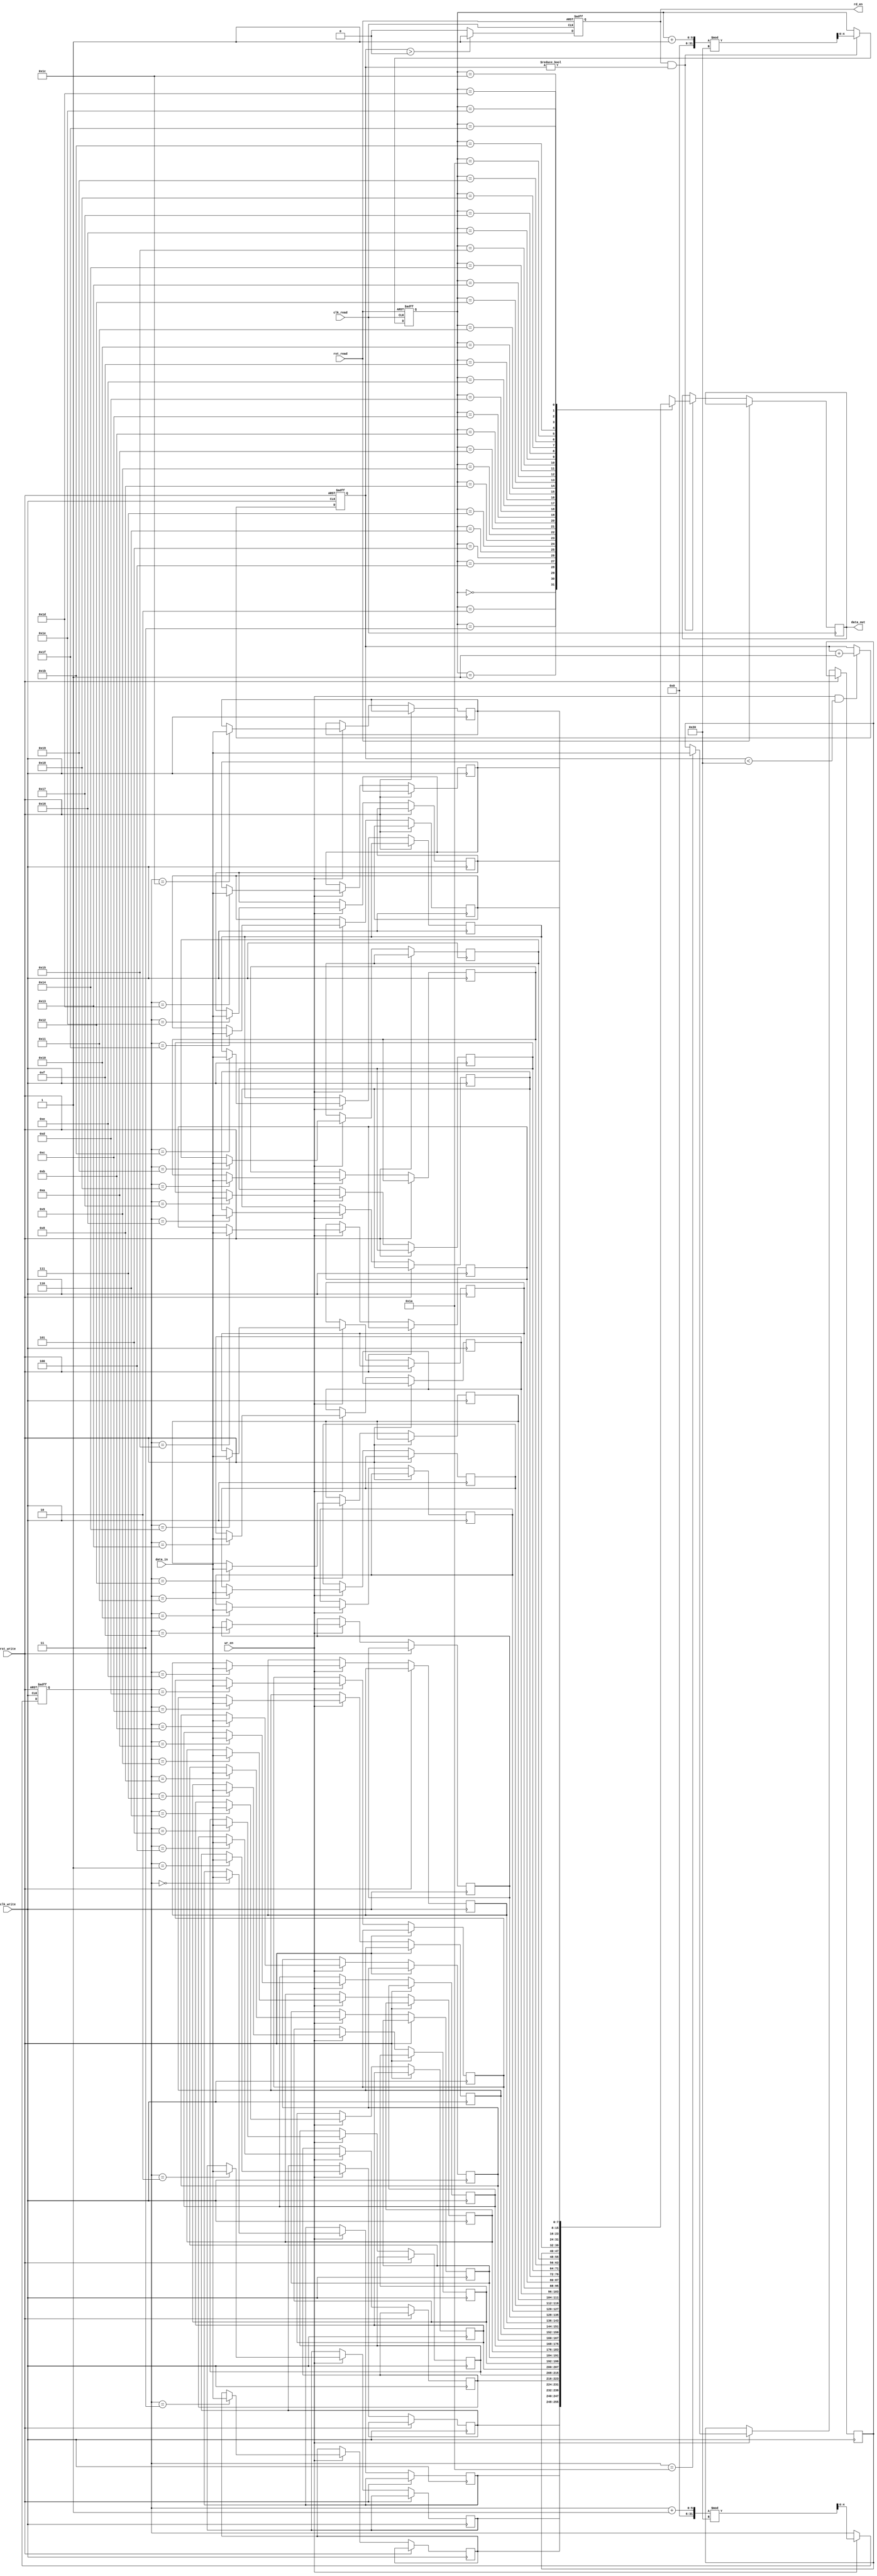
module async_fifo_synchronizer #(
    parameter DATA_WIDTH = 8,
    parameter FIFO_DEPTH = 32
)(
    input wire clk_write,
    input wire rst_write,
    input wire [DATA_WIDTH-1:0] data_in,
    input wire wr_en,
    
    input wire clk_read,
    input wire rst_read,
    output reg [DATA_WIDTH-1:0] data_out,
    output reg rd_en
);

reg [$clog2(FIFO_DEPTH)-1:0] wr_ptr;
reg [$clog2(FIFO_DEPTH)-1:0] rd_ptr;
reg [$clog2(FIFO_DEPTH)-1:0] count;

reg [DATA_WIDTH-1:0] fifo [0:FIFO_DEPTH-1];
    
always @ (posedge clk_write or posedge rst_write) begin
    if (rst_write) begin
        wr_ptr <= 0;
    end else begin
        if (wr_en) begin
            fifo[wr_ptr] <= data_in;
            wr_ptr <= (wr_ptr + 1) % FIFO_DEPTH;
        end
    end
end

always @ (posedge clk_read or posedge rst_read) begin
    if (rst_read) begin
        rd_ptr <= 0;
    end else begin
        if (rd_en && count != 0) begin
            data_out <= fifo[rd_ptr];
            rd_ptr <= (rd_ptr + 1) % FIFO_DEPTH;
        end
    end
end

always @ (posedge clk_write or posedge rst_write) begin
    if (rst_write) begin
        count <= 0;
    end else begin
        if (wr_en && count < FIFO_DEPTH) begin
            count <= count + 1;
        end
    end
end

always @ (posedge clk_read or posedge rst_read) begin
    if (rst_read) begin
        rd_en <= 0;
    end else begin
        if (count > 0) begin
            rd_en <= 1;
        end else begin
            rd_en <= 0;
        end
    end
end

endmodule